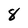
Character: 8